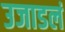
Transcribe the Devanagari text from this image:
उजाडलं